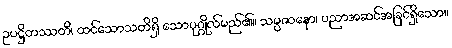
ဥပဋ္ဌိတဿတိ၊ ထင်သောသတိရှိ သောပုဂ္ဂိုလ်မည်၏။ သမ္ပဇာနော၊ ပညာအဆင်အခြင်ရှိသော။